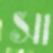
সা